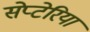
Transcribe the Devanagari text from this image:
सेप्टेरिया